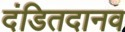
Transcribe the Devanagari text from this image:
दंडितदानव